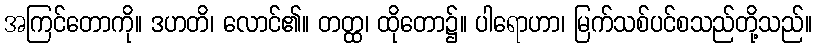
အကြင်တောကို။ ဒဟတိ၊ လောင်၏။ တတ္ထ၊ ထိုတော၌။ ပါရောဟာ၊ မြက်သစ်ပင်စသည်တို့သည်။